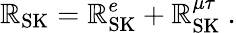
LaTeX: \mathbb{R}_{\mathrm{{SK}}}=\mathbb{R}_{\mathrm{{SK}}}^{e}+\mathbb{R}_{\mathrm{{SK}}}^{\mu\tau}\ .